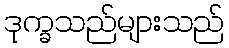
ဒုက္ခသည်များသည်